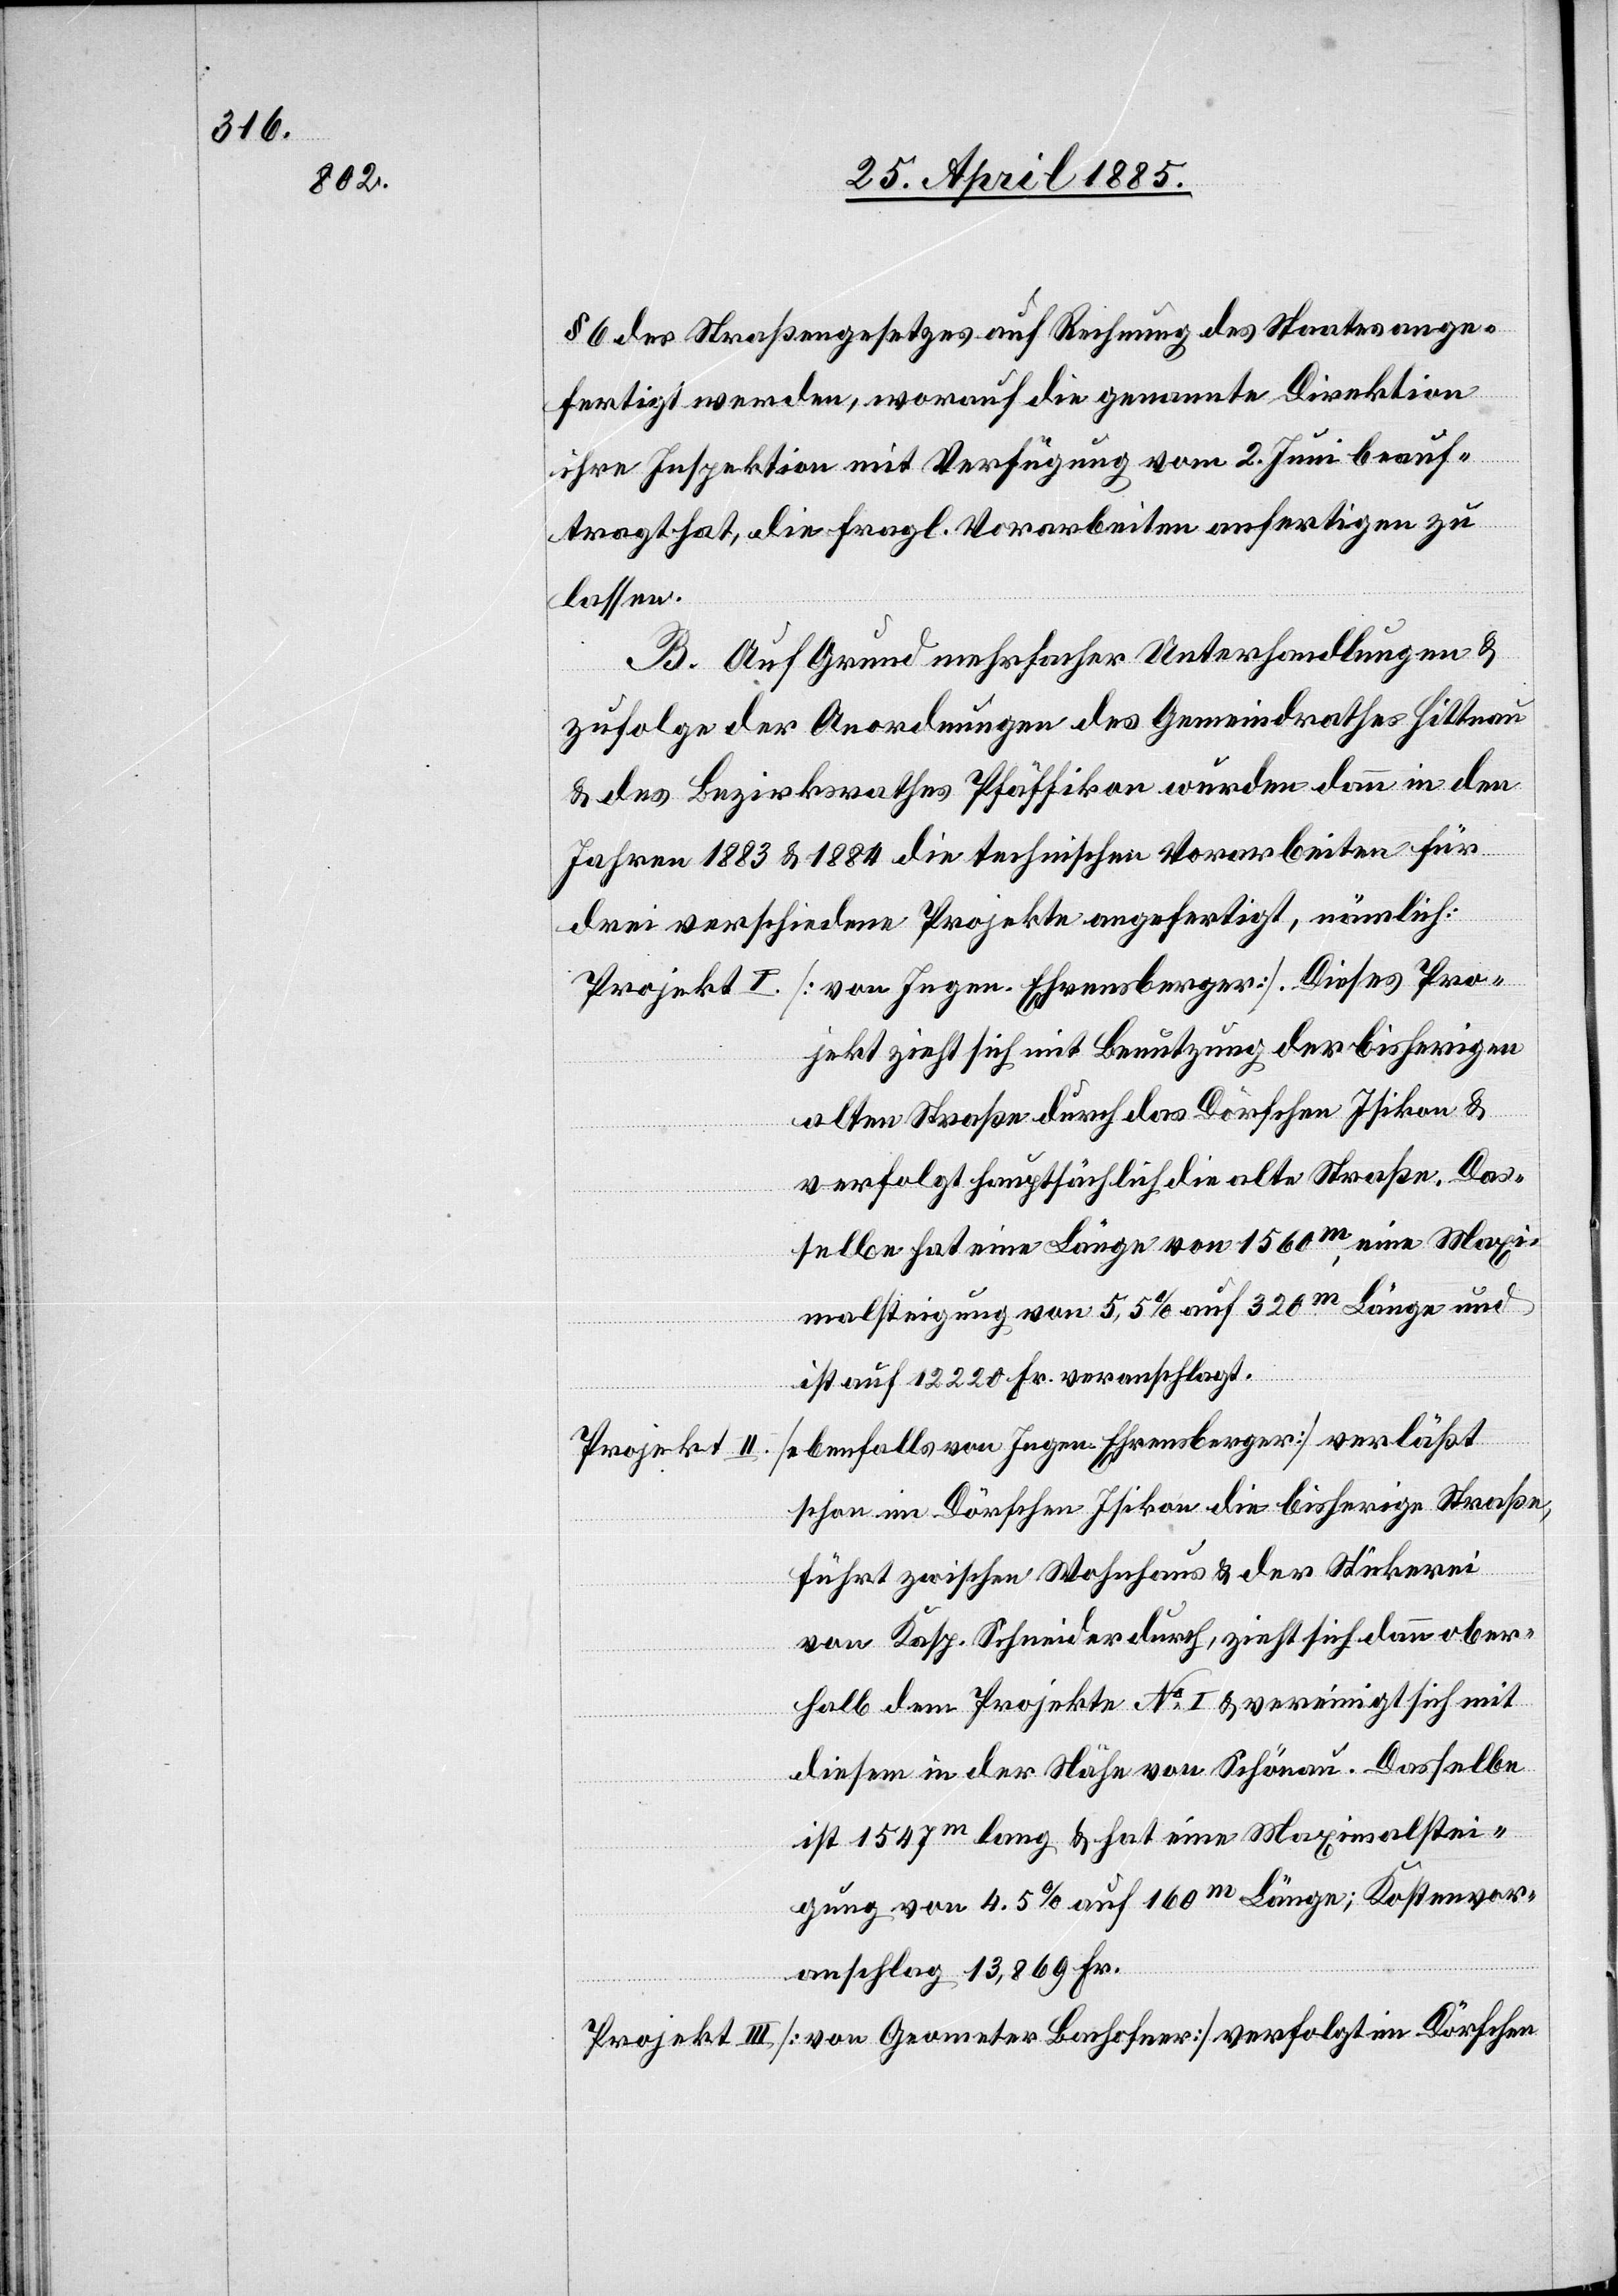
Pro¬

§ 6 des Straßengesetzes auf Rechnung des Staates ange¬
fertigt werden, worauf die genannte Direktion
ihre Inspektion mit Verfügung vom 2. Juni beauf¬
tragt hat, die fragl. Vorarbeiten anfertigen zu
lassen.
B. Auf Grund mehrfacher Unterhandlungen &
zufolge der Anordnungen des Gemeindrathes Hittnau
& des Bezirksrathes Pfäffikon wurden dann in den
Jahren 1883 & 1884 die technischen Vorarbeiten für
drei verschiedene Projekte angefertigt, nämlich:
jekt zieht sich mit Benutzung der bisherigen
alten Straße durch das Dörfchen Isikon &
verfolgt hauptsächlich die alte Straße. Das¬
selbe hat eine Länge von 1560 m, eine Maxi¬
malsteigung von 5,5% auf 320 m Länge und
ist auf 12220 Fr. veranschlagt.
[ebenfalls von Ingen. Ehrensberger] verläßt
Projekt III.
schon im Dörfchen Isikon die bisherige Straße,
führt zwischen Wohnhaus & der Stickerei
von Kasp. Schneider durch, zieht sich dann ober¬
halb dem Projekte No I. & vereinigt sich mit
diesem in der Höhe von Schönau. Dasselbe
ist 1547 m lang & hat eine Maximalstei¬
gung von 4,5% auf 160 m Länge; Kostenvor¬
anschlag 13,869 Fr.